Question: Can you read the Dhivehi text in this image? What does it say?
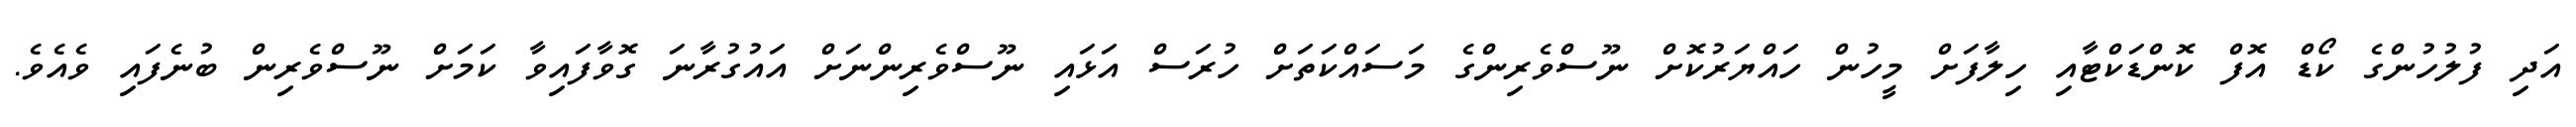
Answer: އަދި ފުލުހުންގެ ކޯޑް އޮފް ކޮންޑަކްޓާއި ހިލާފަށް މީހުން ހައްޔަރުކޮށް ނޫސްވެރިންގެ މަސައްކަތަށް ހުރަސް އަޅައި ނޫސްވެރިންނަށް އައުގުރާނަ ގޮވާފައިވާ ކަމަށް ނޫސްވެރިން ބުނެފައި ވެއެވެ.